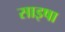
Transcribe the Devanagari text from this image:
साइषा